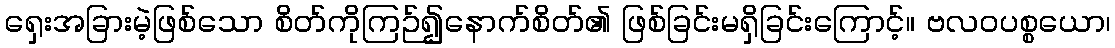
ရှေးအခြားမဲ့ဖြစ်သော စိတ်ကိုကြဉ်၍နောက်စိတ်၏ ဖြစ်ခြင်းမရှိခြင်းကြောင့်။ ဗလဝပစ္စယော၊